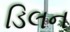
ડિલન